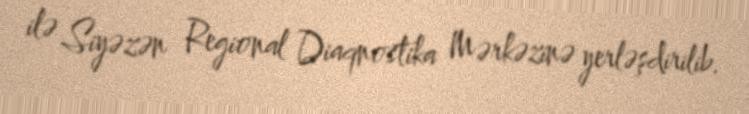
ilə Siyəzən Regional Diaqnostika Mərkəzinə yerləşdirilib.